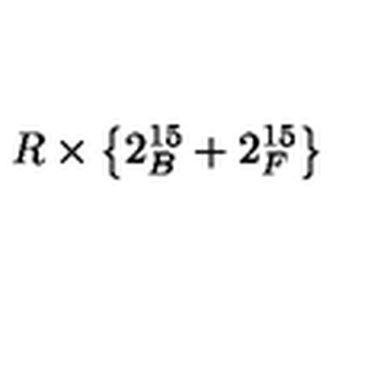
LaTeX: R \times \left\{ 2 _ { B } ^ { 1 5 } + 2 _ { F } ^ { 1 5 } \right\}